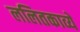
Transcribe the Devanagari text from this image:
ललितकाव्ये